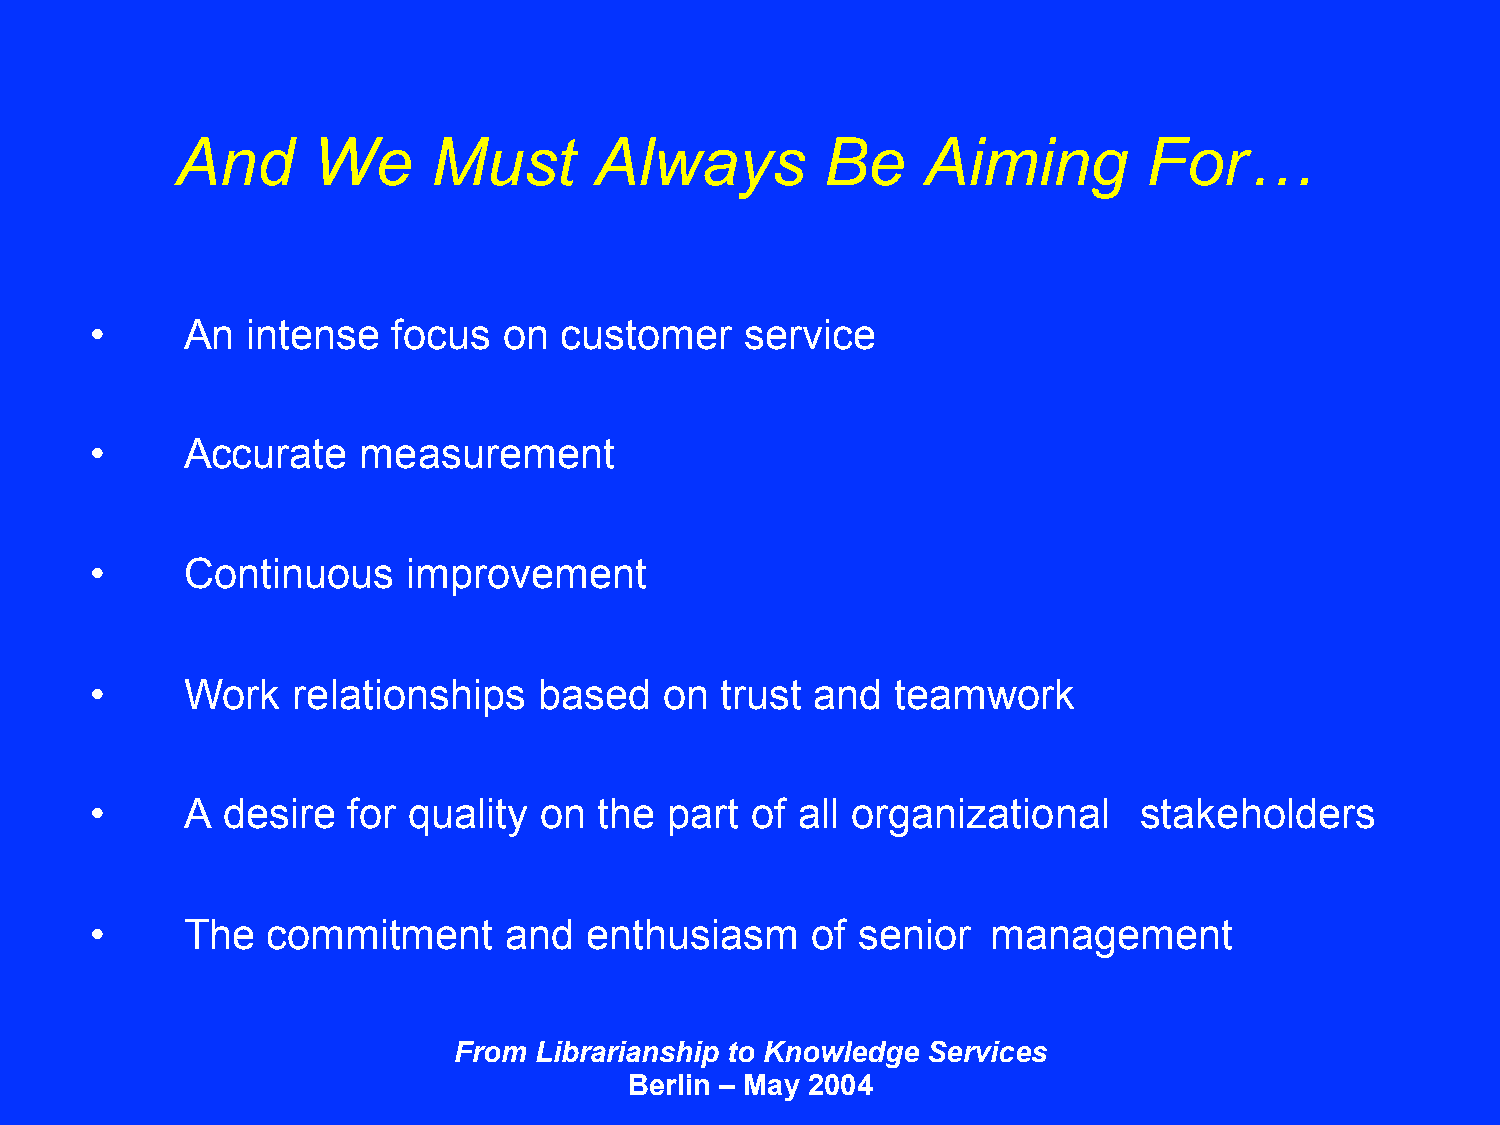
And      We      Must      Always          Be    Aiming         For…
 •     An  intense   focus  on  customer    service
 •     Accurate    measurement
 •     Continuous     improvement
 •     Work   relationships    based   on  trust and  teamwork
 •     A  desire  for quality  on  the part  of all organizational    stakeholders
 •     The   commitment     and   enthusiasm     of senior   management
 From Librarianship to Knowledge Services
 Berlin – May 2004